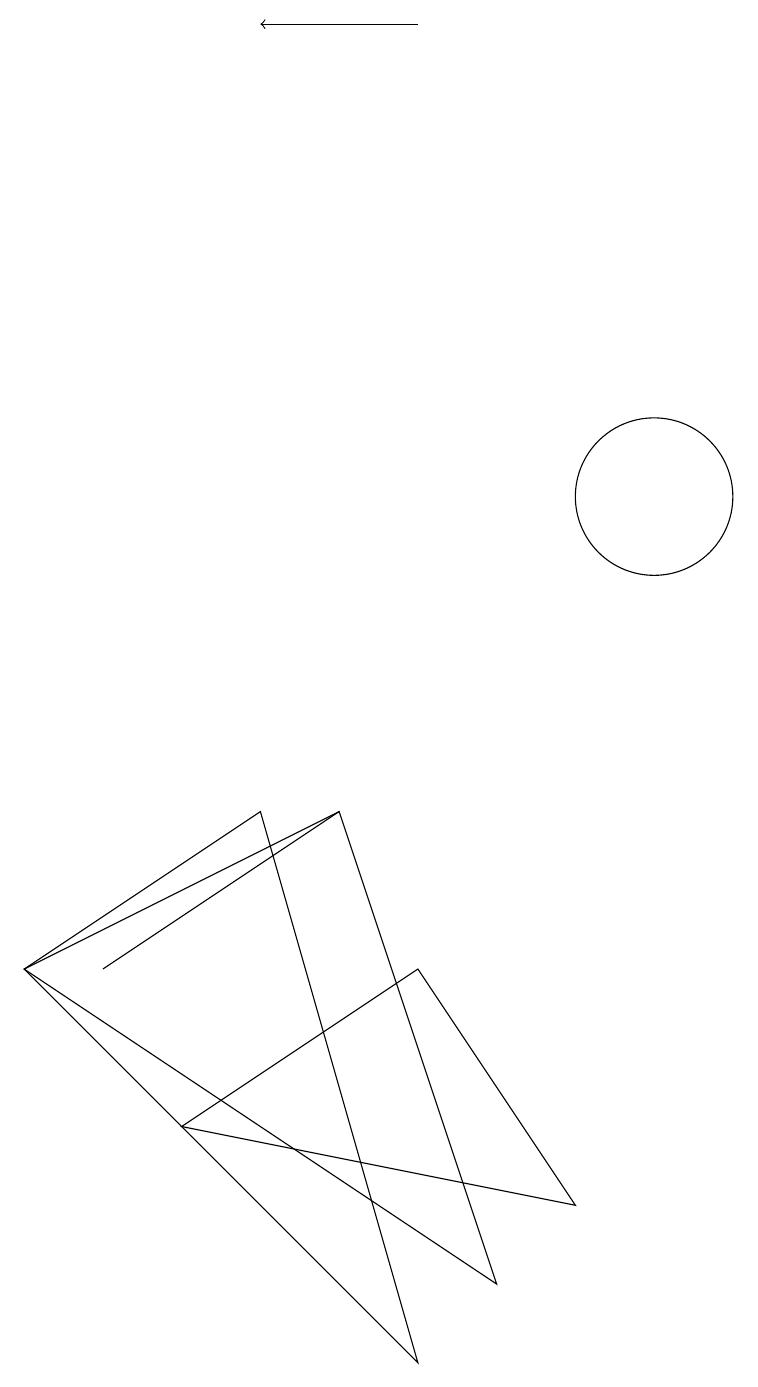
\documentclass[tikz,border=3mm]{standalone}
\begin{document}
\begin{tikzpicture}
\draw (9,2) -- (7,5) -- (4,3) -- cycle;
\draw (7,0) -- (2,5) -- (5,7) -- cycle;
\draw (10,11) circle (0);
\draw[->] (7,17) -- (5,17);
\draw (3,5) -- (3,5) -- (6,7) -- cycle;
\draw (10,11) circle (1);
\draw (6,7) -- (8,1) -- (2,5) -- cycle;
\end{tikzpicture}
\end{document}